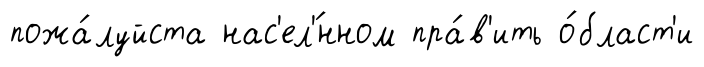
пожа́луйста нас'ел'́нном пра́в'ить о́бласт'и